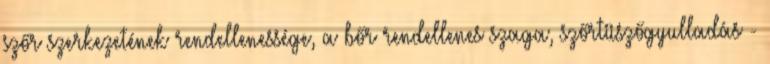
szőr szerkezetének rendellenessége, a bőr rendellenes szaga, szőrtüszőgyulladás -